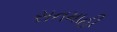
સનમાહી